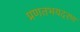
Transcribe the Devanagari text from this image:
प्रणतभयदरण